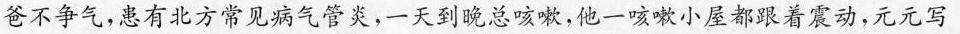
爸不争气，患有北方常见病气管炎，一天到晚总咳嗽，他一咳嗽小屋都跟着震动，元元写